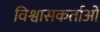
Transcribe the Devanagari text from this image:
विश्वासकर्ताओं